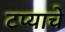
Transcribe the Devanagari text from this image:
टप्याचे